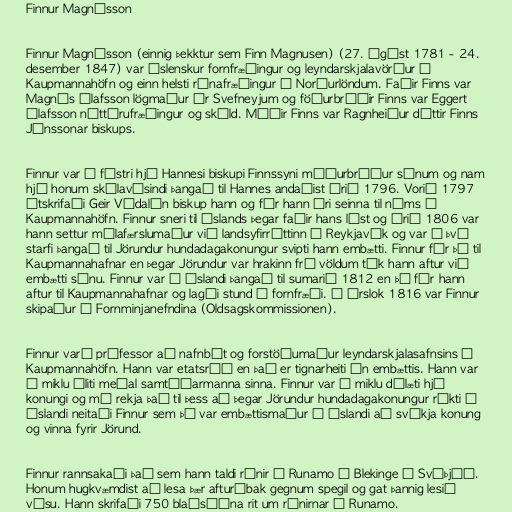
Finnur Magnússon

Finnur Magnússon (einnig þekktur sem Finn Magnusen) (27. ágúst 1781 - 24.
desember 1847) var íslenskur fornfræðingur og leyndarskjalavörður í
Kaupmannahöfn og einn helsti rúnafræðingur á Norðurlöndum. Faðir Finns var
Magnús Ólafsson lögmaður úr Svefneyjum og föðurbróðir Finns var Eggert
Ólafsson náttúrufræðingur og skáld. Móðir Finns var Ragnheiður dóttir Finns
Jónssonar biskups.

Finnur var í fóstri hjá Hannesi biskupi Finnssyni móðurbróður sínum og nam
hjá honum skólavísindi þangað til Hannes andaðist árið 1796. Vorið 1797
útskrifaði Geir Vídalín biskup hann og fór hann ári seinna til náms í
Kaupmannahöfn. Finnur sneri til Íslands þegar faðir hans lést og árið 1806 var
hann settur málafærslumaður við landsyfirréttinn í Reykjavík og var í því
starfi þangað til Jörundur hundadagakonungur svipti hann embætti. Finnur fór þá til
Kaupmannahafnar en þegar Jörundur var hrakinn frá völdum tók hann aftur við
embætti sínu. Finnur var á Íslandi þangað til sumarið 1812 en þá fór hann
aftur til Kaupmannahafnar og lagði stund á fornfræði. Í árslok 1816 var Finnur
skipaður í Fornminjanefndina (Oldsagskommissionen).

Finnur varð prófessor að nafnbót og forstöðumaður leyndarskjalasafnsins í
Kaupmannahöfn. Hann var etatsráð en það er tignarheiti án embættis. Hann var
í miklu áliti meðal samtíðarmanna sinna. Finnur var í miklu dálæti hjá
konungi og má rekja það til þess að þegar Jörundur hundadagakonungur ríkti á
Íslandi neitaði Finnur sem þá var embættismaður á Íslandi að svíkja konung
og vinna fyrir Jörund.

Finnur rannsakaði það sem hann taldi rúnir í Runamo í Blekinge í Svíþjóð.
Honum hugkvæmdist að lesa þær afturábak gegnum spegil og gat þannig lesið
vísu. Hann skrifaði 750 blaðsíðna rit um rúnirnar í Runamo.